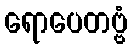
ရောပေတဗ္ဗံ